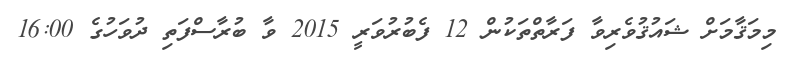
މިމަޤާމަށް ޝައުޤުވެރިވާ ފަރާތްތަކުން 12 ފެބުރުވަރީ 2015 ވާ ބުރާސްފަތި ދުވަހުގެ 16:00